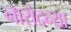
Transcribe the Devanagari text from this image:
नारोदन्या